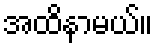
အထိနာမယ်။